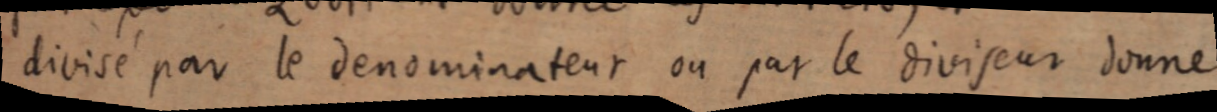
divisé par le denominatenr ou par le diviseur donne